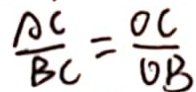
\frac { A C } { B C } = \frac { O C } { O B }